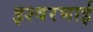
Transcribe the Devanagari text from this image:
इश्वरभाई